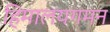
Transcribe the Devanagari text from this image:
हिमालयगमन